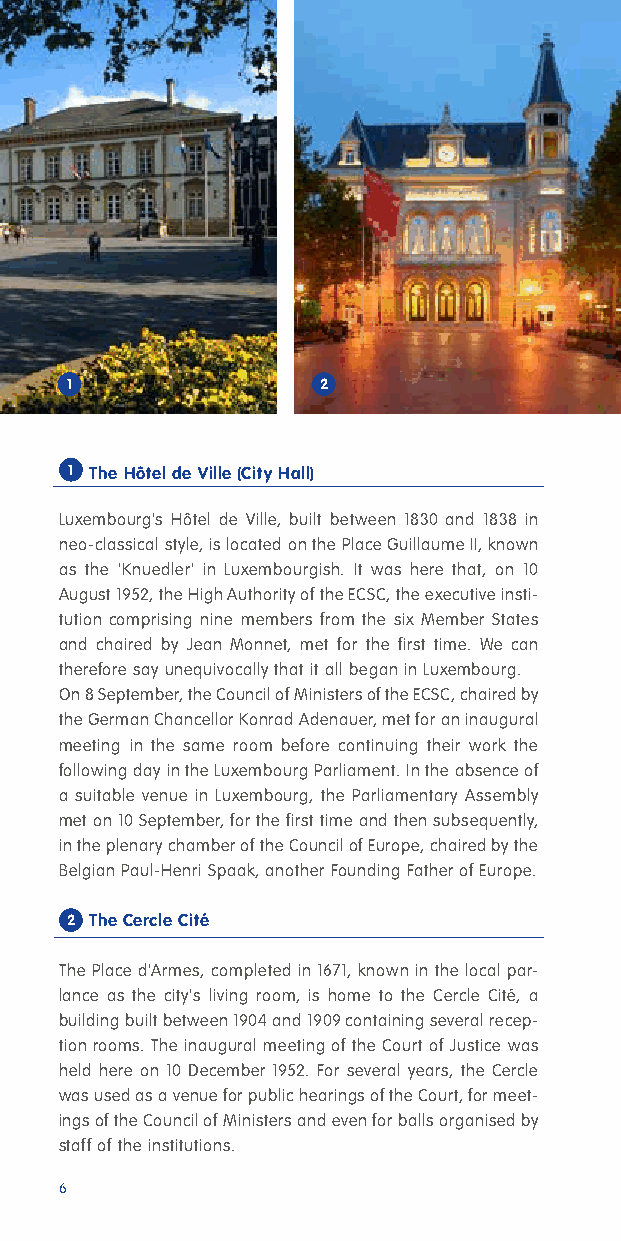
1                2
 1 The Hôtel de Ville (City Hall)
 Luxembourg's Hôtel de Ville, built between 1830 and 1838 in
 neo-classical style, is located on the Place Guillaume II, known
 as the 'Knuedler' in Luxembourgish. It was here that, on 10
 August 1952, the High Authority of the ECSC, the executive insti-
 tution comprising nine members from the six Member States
 and chaired by Jean Monnet, met for the first time. We can
 therefore say unequivocally that it all began in Luxembourg.
 On 8 September, the Council of Ministers of the ECSC, chaired by
 the German Chancellor Konrad Adenauer, met for an inaugural
 meeting in the same room before continuing their work the
 following day in the Luxembourg Parliament. In the absence of
 a suitable venue in Luxembourg, the Parliamentary Assembly
 met on 10 September, for the first time and then subsequently,
 in the plenary chamber of the Council of Europe, chaired by the
 Belgian Paul-Henri Spaak, another Founding Father of Europe.
 2 The Cercle Cité
 The Place d'Armes, completed in 1671, known in the local par-
 lance as the city's living room, is home to the Cercle Cité, a
 building built between 1904 and 1909 containing several recep-
 tion rooms. The inaugural meeting of the Court of Justice was
 held here on 10 December 1952. For several years, the Cercle
 was used as a venue for public hearings of the Court, for meet-
 ings of the Council of Ministers and even for balls organised by
 staff of the institutions.
 6